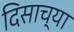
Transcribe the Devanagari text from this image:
दिसाच्या